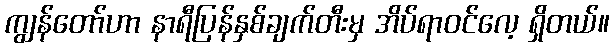
ကျွန်တော်ဟာ နာရီပြန်နှစ်ချက်တီးမှ အိပ်ရာဝင်လေ့ ရှိတယ်။